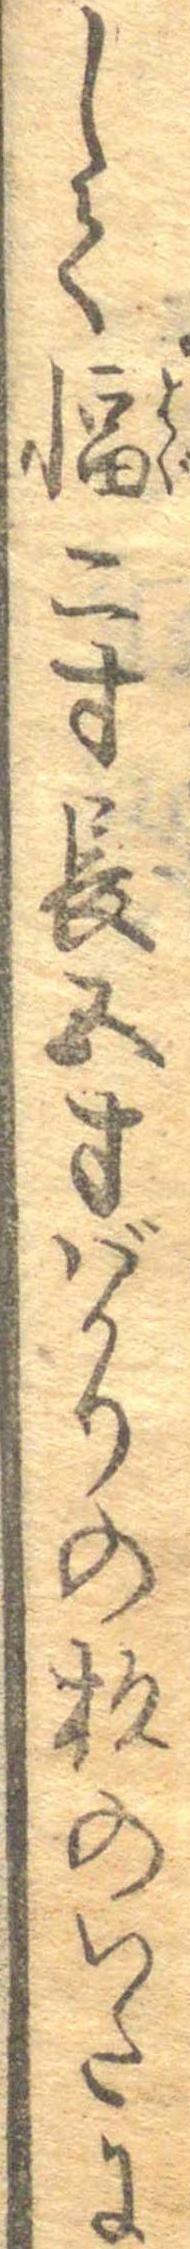
して幅二寸長五寸ばかりの杉のいたに